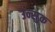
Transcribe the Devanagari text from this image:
उन्सुक